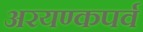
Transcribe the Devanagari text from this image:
अरयण्कपर्व